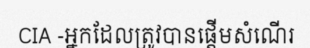
CIA -អ្នកដែលត្រូវបានផ្តើមសំណើរ